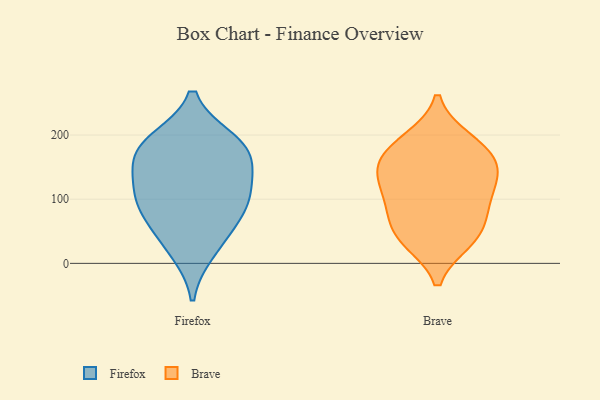
{"axis": {"x": "Churn Rate (%)", "y": "Value"}, "legend": ["Brave", "Firefox"], "data": [{"x": "", "y": 130, "type": "Firefox"}, {"x": "", "y": 190, "type": "Firefox"}, {"x": "", "y": 20, "type": "Firefox"}, {"x": "", "y": 91, "type": "Firefox"}, {"x": "", "y": 178, "type": "Firefox"}, {"x": "", "y": 88, "type": "Firefox"}, {"x": "", "y": 159, "type": "Firefox"}, {"x": "", "y": 52, "type": "Firefox"}, {"x": "", "y": 183, "type": "Firefox"}, {"x": "", "y": 109, "type": "Firefox"}, {"x": "", "y": 189, "type": "Brave"}, {"x": "", "y": 155, "type": "Brave"}, {"x": "", "y": 140, "type": "Brave"}, {"x": "", "y": 38, "type": "Brave"}, {"x": "", "y": 140, "type": "Brave"}, {"x": "", "y": 70, "type": "Brave"}, {"x": "", "y": 145, "type": "Brave"}, {"x": "", "y": 193, "type": "Brave"}, {"x": "", "y": 174, "type": "Brave"}, {"x": "", "y": 41, "type": "Brave"}, {"x": "", "y": 84, "type": "Brave"}, {"x": "", "y": 103, "type": "Brave"}, {"x": "", "y": 105, "type": "Brave"}, {"x": "", "y": 35, "type": "Brave"}]}